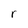
Character: r